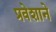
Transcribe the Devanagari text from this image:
प्रवेशाने